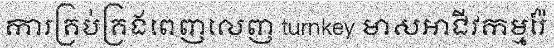
ការគ្រប់គ្រងពេញលេញ turnkey មាសអាជីវកម្មរ៉ែ